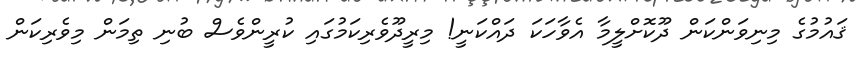
ޤައުމުގެ މިނިވަންކަން ދޫކޮށްލީމާ އެވާހަކަ ދައްކަނީ! މިރީދޫވެރިކަމުގައި ކުރީންވެސް ބުނި ތިމަން މިވެރިކަން